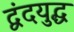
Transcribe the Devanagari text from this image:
द्वंदयुद्ध